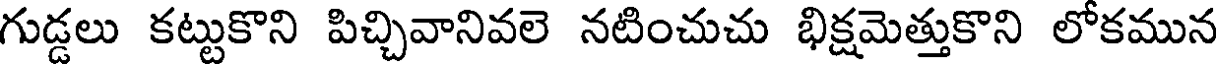
గుడ్డలు కట్టుకొని పిచ్చివానివలె నటించుచు భిక్షమెత్తుకొని లోకమున